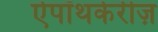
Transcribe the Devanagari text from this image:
ऐपॉथकेरीज़